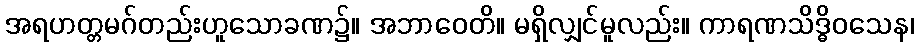
အရဟတ္တမဂ်တည်းဟူသောခဏ၌။ အဘာဝေတိ။ မရှိလျှင်မူလည်း။ ကာရဏသိဒ္ဓိဝသေန၊